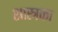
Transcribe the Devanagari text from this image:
शास्त्रका